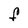
Character: F